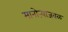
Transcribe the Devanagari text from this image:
मानोऱ्याजवळ